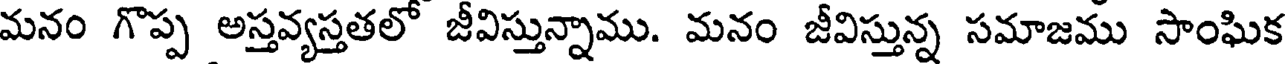
మనం గొప్ప అస్తవ్యస్తతలో జీవిస్తున్నాము. మనం జీవిస్తున్న సమాజము సాంఘిక